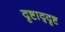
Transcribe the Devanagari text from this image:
दृष्टाद्दृष्ट